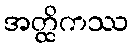
အတ္ထိကဿ